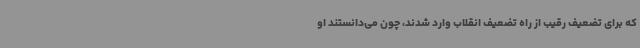
که برای تضعیف رقیب از راه تضعیف انقلاب وارد شدند، چون می‌دانستند او